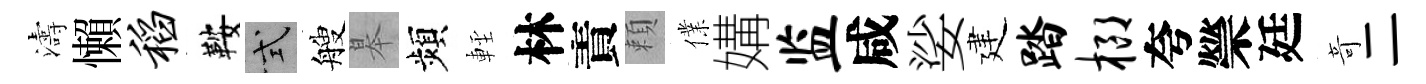
濤懶稻鞍式艘皋頻䡖林責頼㒒媾监咸娑建踏榔夸禜廷竒二